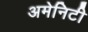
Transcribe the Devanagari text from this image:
अमेनिटी